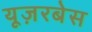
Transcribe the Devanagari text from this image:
यूज़रबेस